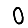
Digit: 0